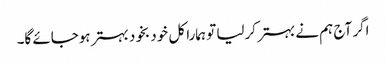
اگر آج ہم نے بہتر کرلیا تو ہمارا کل خود بخود بہتر ہوجائے گا۔